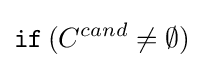
{\mathtt {if}}\,(C^{cand}\neq \emptyset )